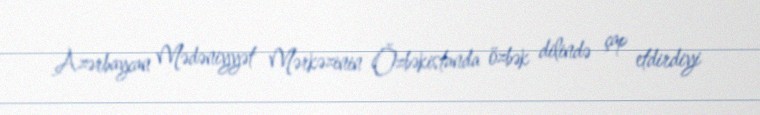
Azərbaycan Mədəniyyət Mərkəzinin Özbəkistanda özbək dilində çap etdirdiyi